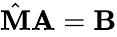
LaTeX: \begin{array}{r}{\hat{{\mathbf M}}{\mathbf A}={\mathbf B}}\end{array}